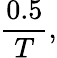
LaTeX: {\frac{0.5}{T}},